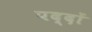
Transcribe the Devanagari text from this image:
पद्दों